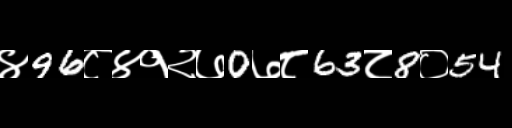
Text: ४96८४१२७0७८63८8०54